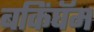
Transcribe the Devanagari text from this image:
बकिंघॅम